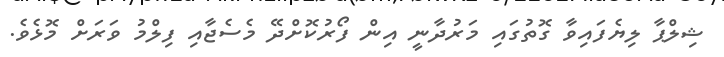
ޝިލްޕާ ލިޔެފައިވާ ގޮތުގައި މަރުދާނީ އިން ފޯރުކޮށްދޭ މެސެޖާއި ފިލްމު ވަރަށް މޮޅެވެ.